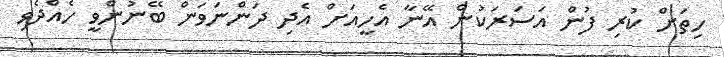
ހިތަށް ކުރި ފުން އަސަރަކުން އޭނާ އެހީއަށް އެދި ދަންނަވަން ބޭނުންވީ ހެއްދެވި